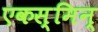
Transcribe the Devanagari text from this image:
एकस्मिन्